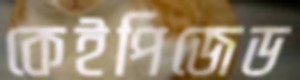
কেইপিজেড